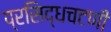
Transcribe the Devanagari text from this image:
प्रसिद्धचटणी